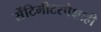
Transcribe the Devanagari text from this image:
सेंटिमीटरपेक्षाही